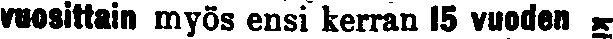
vuosittain myös ensi kerran 15 vuoden #